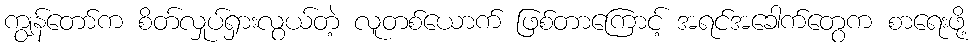
ကျွန်တော်က စိတ်လှုပ်ရှားလွယ်တဲ့ လူတစ်ယောက် ဖြစ်တာကြောင့် အရင်အခေါက်တွေက စာရေးဖို့